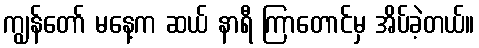
ကျွန်တော် မနေ့က ဆယ် နာရီ ကြာတောင်မှ အိပ်ခဲ့တယ်။